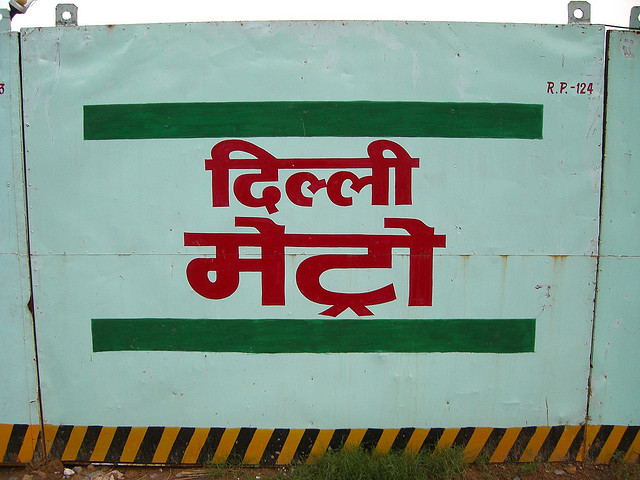
Language: hindi
Transcription: मेट्रो दिल्ली